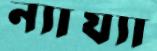
ন্যায্যা